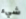
شيء